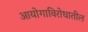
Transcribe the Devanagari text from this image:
आयोगाविरोधातील